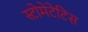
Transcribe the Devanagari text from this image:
स्टोमेटेटिस